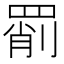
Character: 𦋞